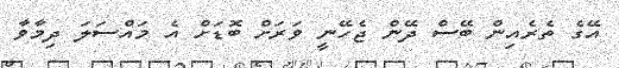
އޭގެ ތެރެއިން ބޭސް ދޭން ޖެހޭނީ ވަރަށް ބޮޑަށް އެ މައްސަލަ ދިމާވާ